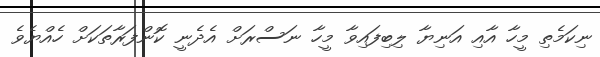
ނިކަމެތި މީހާ އާއި އަނިޔާ ލިބިފައިވާ މީހާ ނަސްރަށް އެދެނީ ކޮންފަރާތަކަށް ހެއްޔެވެ